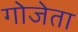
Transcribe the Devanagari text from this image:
गोजेता